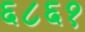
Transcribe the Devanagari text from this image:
६८६१